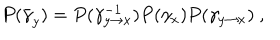
LaTeX: P ( \bar { \gamma } _ { y } ) = P ( \gamma _ { y \rightarrow x } ^ { - 1 } ) P ( \gamma _ { x } ) P ( \gamma _ { y \rightarrow x } ) ~ ,